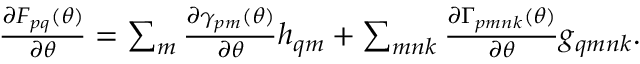
\begin{array} { r } { \frac { \partial F _ { p q } ( { \boldsymbol { \theta } } ) } { \partial { \boldsymbol { \theta } } } = \sum _ { m } \frac { \partial \gamma _ { p m } ( { \boldsymbol { \theta } } ) } { \partial { \boldsymbol { \theta } } } h _ { q m } + \sum _ { m n k } \frac { \partial \Gamma _ { p m n k } ( { \boldsymbol { \theta } } ) } { \partial { \boldsymbol { \theta } } } g _ { q m n k } . } \end{array}